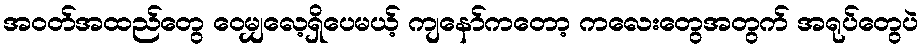
အဝတ်အထည်တွေ ဝေမျှလေ့ရှိပေမယ့် ကျနော်ကတော့ ကလေးတွေအတွက် အရုပ်တွေပဲ